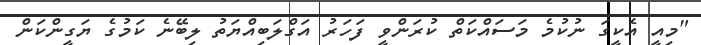
"މިއީ އެކީގަ ނުކުމެ މަސައްކަތް ކުރަންވީ ފަހަރު އަގްލަބިއްޔަތު ލިބޭނެ ކަމުގެ ޔަގީންކަން